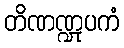
တိဏဏ္ဍုပကံ